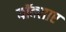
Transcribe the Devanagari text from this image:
यॉक्साए